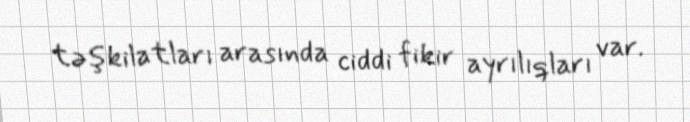
təşkilatları arasında ciddi fikir ayrılıqları var.